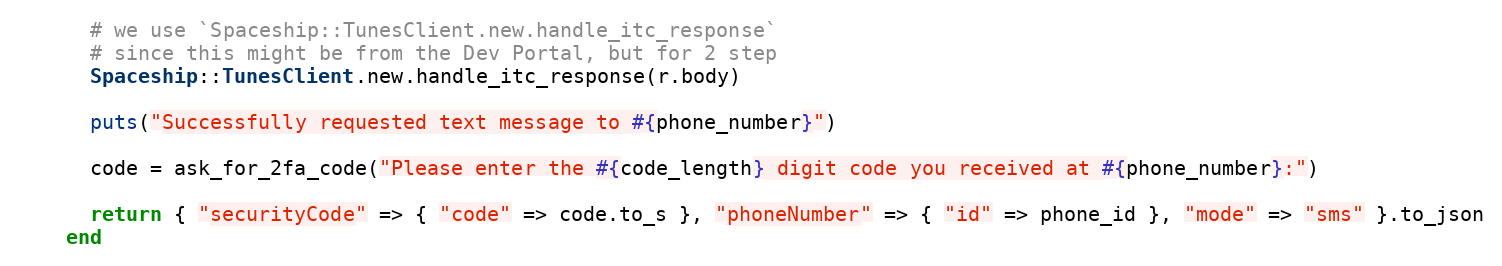
Language: Ruby
      # we use `Spaceship::TunesClient.new.handle_itc_response`
      # since this might be from the Dev Portal, but for 2 step
      Spaceship::TunesClient.new.handle_itc_response(r.body)

      puts("Successfully requested text message to #{phone_number}")

      code = ask_for_2fa_code("Please enter the #{code_length} digit code you received at #{phone_number}:")

      return { "securityCode" => { "code" => code.to_s }, "phoneNumber" => { "id" => phone_id }, "mode" => "sms" }.to_json
    end